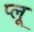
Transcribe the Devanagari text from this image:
प्लू